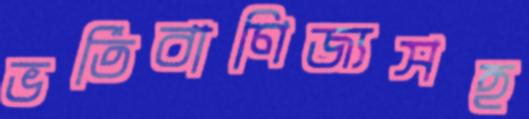
ভর্তিবাণিজ্যসহ